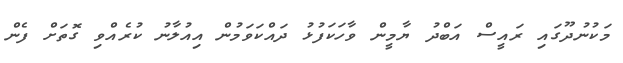
މަކުނުދޫގައި ރައީސް އަބްދު ޔާމީން ވާހަކަފުޅު ދައްކަވަމުން އިއުލާނު ކުރެއްވި ގޮތަށް ފެން